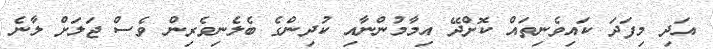
އަދި މިފަދަ ކައިވެނިތައް ކޮށްދޭ އިމާމުންނާއި ކުދިންގެ ބެލެނިވެރިން ވެސް ޖަލަށް ލާނެ